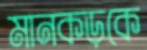
মানকড়কে